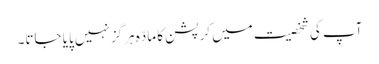
آپ کی شخصیت میں کرپشن کا مادّہ ہرگز نہیں پایا جاتا۔